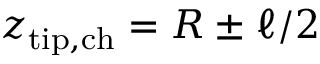
z _ { \mathrm { t i p , c h } } = R \pm \ell / 2